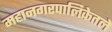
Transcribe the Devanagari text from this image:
महानगरपालिकेतले